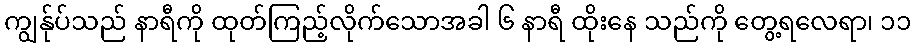
ကျွန်ုပ်သည် နာရီကို ထုတ်ကြည့်လိုက်သောအခါ ၆ နာရီ ထိုးနေ သည်ကို တွေ့ရလေရာ၊ ၁၁